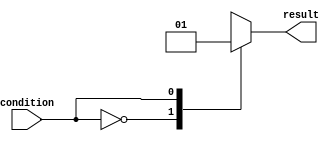
module full_case_statement (
    input wire condition,
    output reg result
);

always @* begin
    case (condition)
        2'b00: begin
            result = 1'b0;
        end
        2'b01: begin
            result = 1'b1;
        end
        2'b10: begin
            result = 1'b0;
        end
        default: begin
            result = 1'b1;
        end
    endcase
end

endmodule